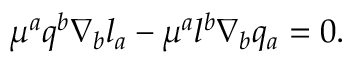
\mu ^ { a } q ^ { b } \nabla _ { b } l _ { a } - \mu ^ { a } l ^ { b } \nabla _ { b } q _ { a } = 0 .